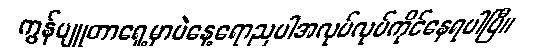
ကွန်ပျူတာရှေ့မှာပဲနေ့ရောညပါအလုပ်လုပ်ကိုင်နေရပါပြီ။